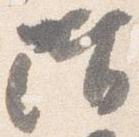
階